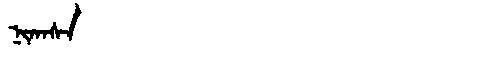
Manchu: ᠨᡳᡴᠠᠰᠠ
Romanization: NIKASA